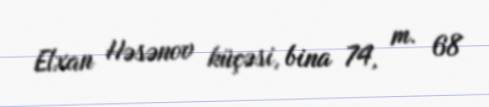
Elxan Həsənov küçəsi, bina 74, m. 68